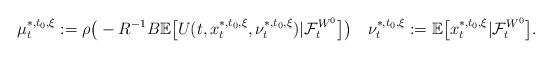
LaTeX: \begin{align*}\mu_t^{*,t_0,\xi}:=\rho\big(-R^{-1}B\mathbb E\big[U(t,x_t^{*,t_0,\xi},\nu_t^{*,t_0,\xi})|\mathcal{F}_t^{W^0}\big]\big)\quad\nu_t^{*,t_0,\xi}:=\mathbb E\big[x_t^{*,t_0,\xi}|\mathcal{F}_t^{W^0}\big].\end{align*}